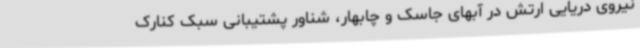
نیروی دریایی ارتش در آبهای جاسک و چابهار، شناور پشتیبانی سبک کنارک